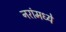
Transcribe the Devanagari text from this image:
नरांमध्ये